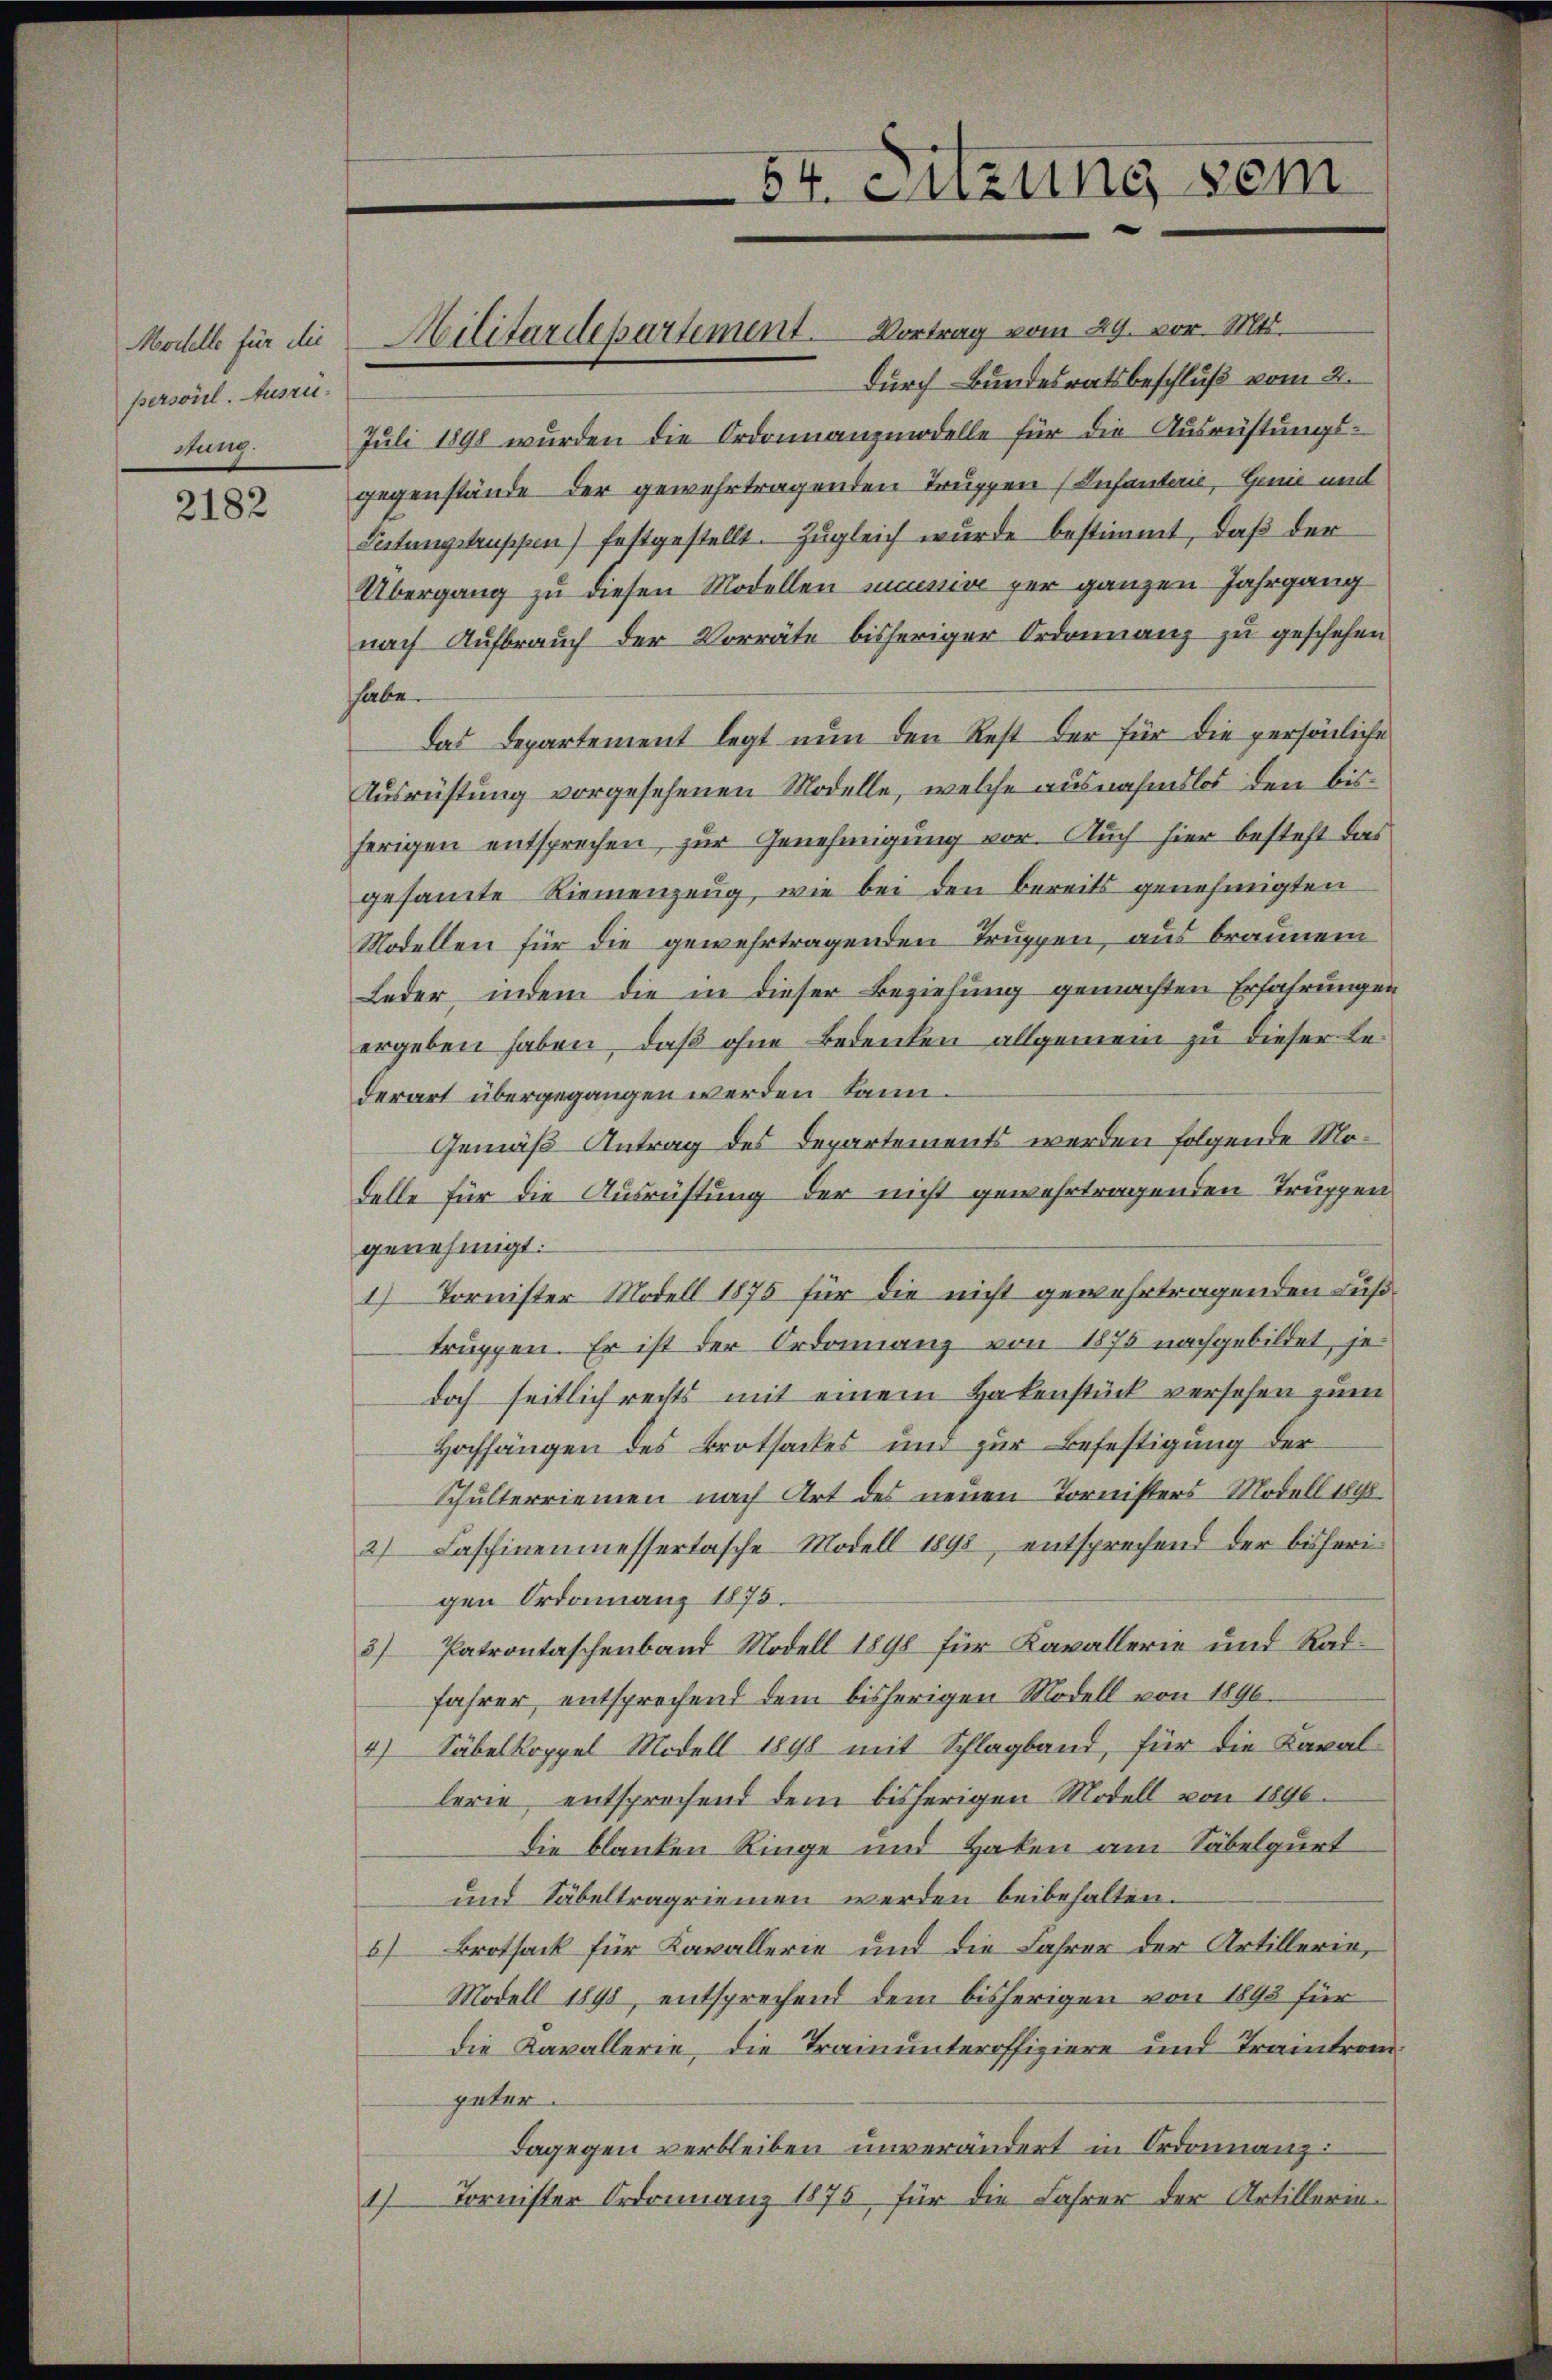
Morelle für die
persönl. Auszustung.

2182

Militärdepartement. Vortrag vom 29. vor. Mts.

Durch Bundesratsbeschluß vom 2.
Juli 1898 wurden die Ordonnanzmodelle für die Ausrüstungs-
gegenstände der gewehrtragenden Truppen (Infanterie, Genie und
Lutungstruppen) festgestellt. Zugleich wurde bestimmt, daß der
Übergang zu diesen Modellen missive per ganzen Jahrgang
nach Aufbrauch der Vorräte bisheriger Ordonnanz zu geschehen
habe.
Das Departement legt nun den Rest der für die persönliche
Tusrüstung vorgesehenen Modelle, welche ausnahmslos den bisherigen entsprechen, zur Genehmigung vor. Auch hier besteht das
gesammte Riemenzeug, wie bei den bereits genehmigten
Modellen für die gewehrtragenden Truppen, aus braunem
Leder, indem die in dieser Beziehung gemachten Erfahrungen
ergeben haben, daß ohne Bedenken allgemein zu dieser Lederart übergegangen werden kann.
Gemäß Antrag des Departements werden folgende Mo¬
Felle für die Ausrüstung der nicht gewahrtragenden Truppen
genehmigt.
1) Tornister Modell 1875 für die nicht gewahrtragenden Fußtruppen. Er ist der Ordonang von 1875 nachgebildet, jedoch seitlich rechts mit einem Hakenstück versehen zum
Hochfängen des Brotsackes und zur Befestigung der
Schulterriemen nach Art des neuen Tornisters Modell 1890.
2) Faschinenmessertasche Modell 1898, entsprechend der bisherigen Ordonnanz 1873.
3) Patrontaschenband Modell 1898 für Kavallerie und Ratfahrer entsprechend dem bisherigen Modell von 1896.
4.) Säbelkoppel Modell 1898 mit Schlagband, für die Kavallerie entsprochend dem bisherigen Modell von 1896.
die blanken Ringe und Haken am Säbelgurt
und Säbelträgriemen werden beibehalten.
6) Brotsack für Kavallerie und die Fahrer der Artillerie,
Modell 1898, entsprechend dem bisherigen von 1893 für
die Kavallerie, die Trainunteroffiziere und Tramtrem
güter
dagegen verbleiben unverändert in Ordonnanz:
1) Tornister Ordonnanz 1875, für die Jahrer der Artillerin-

84. Enzung sein